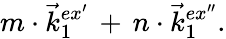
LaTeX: m\cdot\vec{k}_{1}^{ex^{\prime}}\, +\, n\cdot\vec{k}_{1}^{ex^{\prime\prime}}.